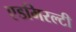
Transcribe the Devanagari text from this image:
एडमिरल्‍टी